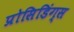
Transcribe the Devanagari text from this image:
प्रोसिडिंग्स